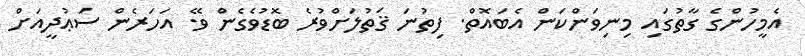
އެމީހުންގެ ގާތުގައި މިނިވަންކަން އެބައޮތް. ފިތުނަ ޤަތުލަށްވުރެ ބޮޑުވެގެން ވޭ. އަހަރެން ސަޢުދީއަށް